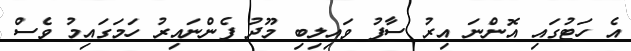
އެ ހަޓުގައި އޮންނަ އިރު ސާފު ވައިލިބި މޫދު ފެންނައިރު ހަމަގައިމު ވެސް